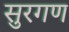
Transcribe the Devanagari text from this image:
सुरगण